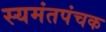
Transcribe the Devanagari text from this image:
स्यमंतपंचक